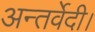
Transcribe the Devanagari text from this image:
अन्तर्वेदी।